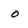
Character: 0